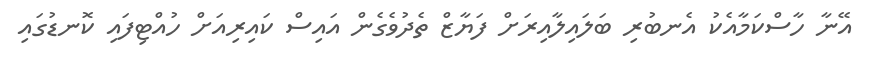
އޭނާ ހާސްކަމާއެކު އެނބުރި ބަލައިލާއިރަށް ފަޔާޒް ތެދުވެގެން އައިސް ކައިރިއަށް ހުއްޓިފައި ކޮނޑުގައި